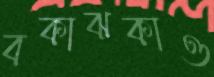
বকাঝকাও